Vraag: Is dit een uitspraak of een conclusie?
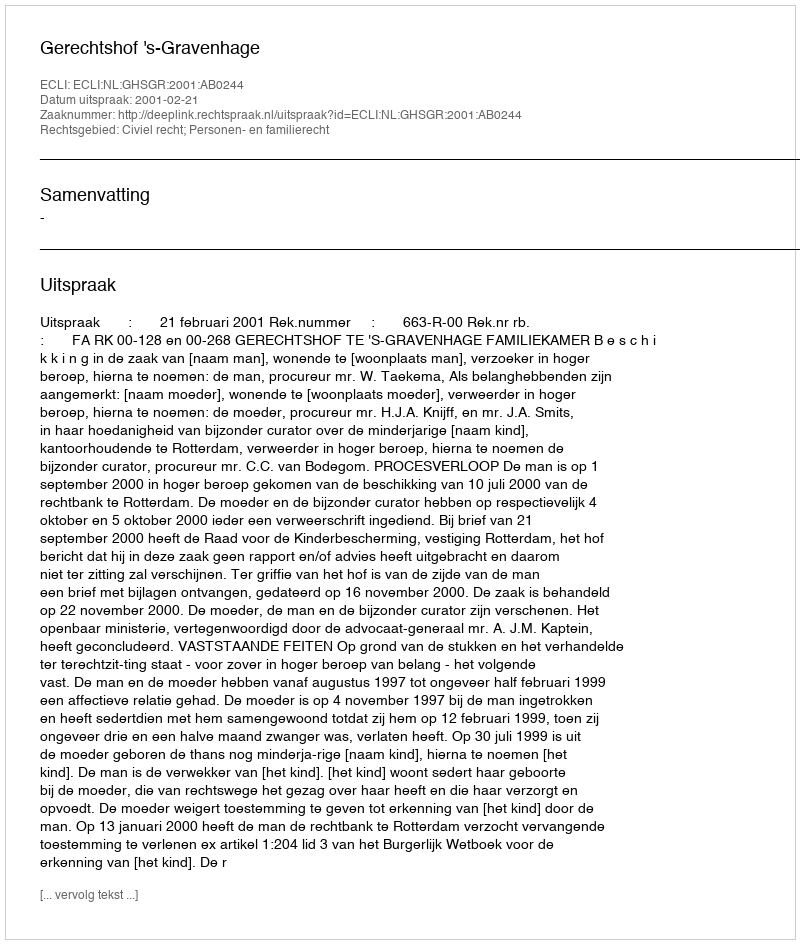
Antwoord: Uitspraak